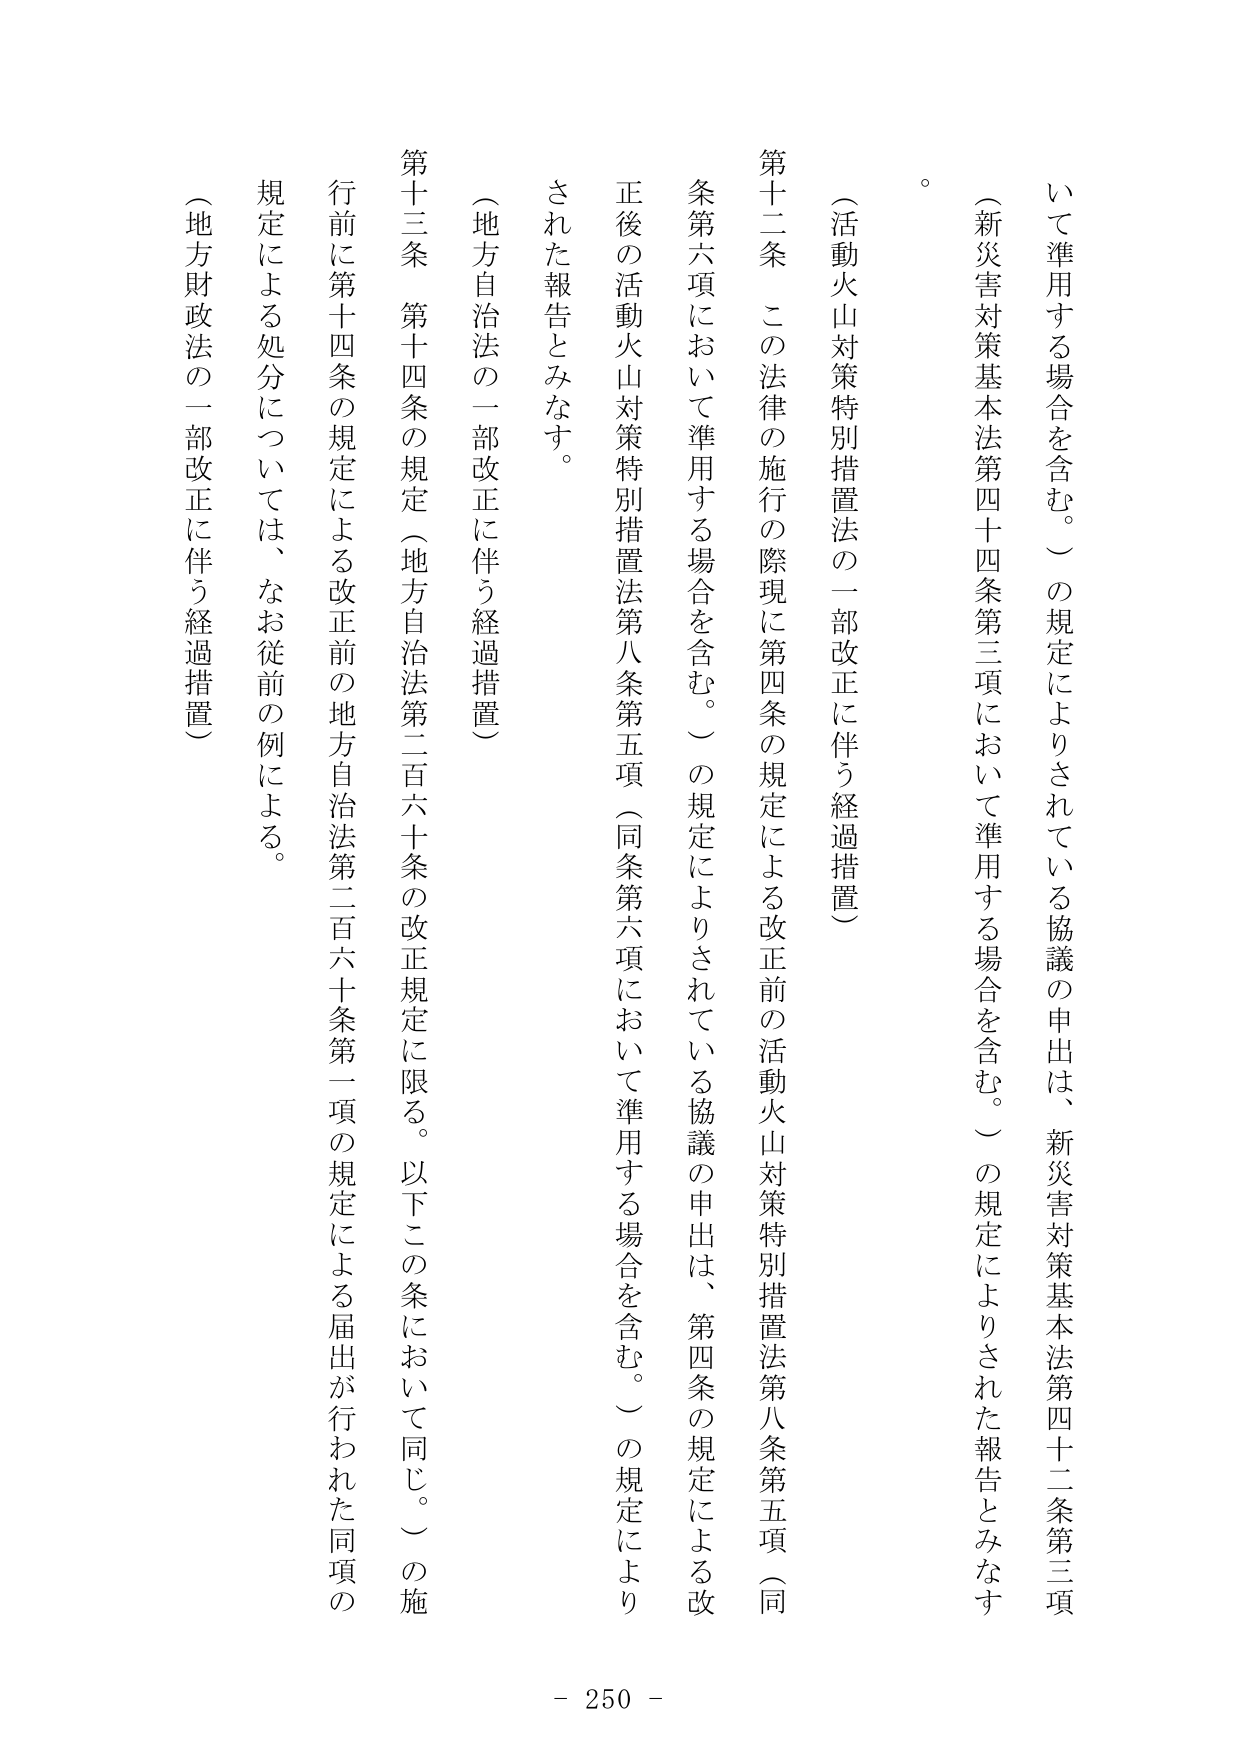
いて準用する場合を含む。）の規定によりされている協議の申出は、新災害対策基本法第四十二条第三項
（新災害対策基本法第四十四条第三項において準用する場合を含む。）の規定によりされた報告とみなす
。
（活動火山対策特別措置法の一部改正に伴う経過措置）
第十二条 この法律の施行の際現に第四条の規定による改正前の活動火山対策特別措置法第八条第五項（同
条第六項において準用する場合を含む。）の規定によりされている協議の申出は、第四条の規定による改
正後の活動火山対策特別措置法第八条第五項（同条第六項において準用する場合を含む。）の規定により
された報告とみなす。
（地方自治法の一部改正に伴う経過措置）
第十三条 第十四条の規定（地方自治法第二百六十条の改正規定に限る。以下この条において同じ。）の施
行前に第十四条の規定による改正前の地方自治法第二百六十条第一項の規定による届出が行われた同項の
規定による処分については、なお従前の例による。
（地方財政法の一部改正に伴う経過措置）
- 250 -